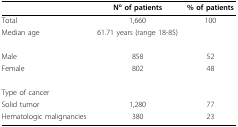
|  | No of patients | % of patients |
 | --- | --- | --- |
 | Total | 1,660 | 100 |
 | Median age | 61.71 years (range 18-85) |  |
 | Male | 858 | 52 |
 | Female | 802 | 48 |
 | Type of cancer |  |  |
 | Solid tumor | 1,280 | 77 |
 | Hematologic malignancies | 380 | 23 |